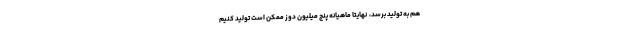
هم به تولید برسد، ‌ نهایتا ماهیانه پنج میلیون دوز ممکن است تولید کنیم